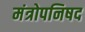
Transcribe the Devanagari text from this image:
मंत्रोपनिषद